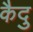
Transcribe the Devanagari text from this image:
कैदु